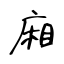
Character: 廂